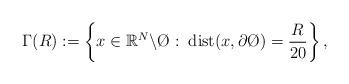
LaTeX: \begin{align*}\Gamma(R):= \left\{x\in \mathbb{R}^N\backslash \O:\;\mbox{dist}(x,\partial \O)= \frac{R}{20}\right\},\end{align*}